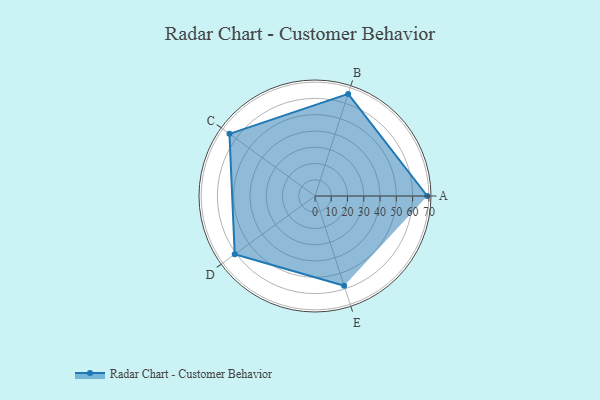
{"axis": {"x": "Skill", "y": "Score"}, "legend": ["Profile"], "data": [{"x": "A", "y": 69.0, "type": "Profile"}, {"x": "B", "y": 66.0, "type": "Profile"}, {"x": "C", "y": 65.0, "type": "Profile"}, {"x": "D", "y": 61.0, "type": "Profile"}, {"x": "E", "y": 58.0, "type": "Profile"}]}